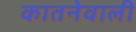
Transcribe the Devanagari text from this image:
कातनेवाली